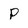
Character: p